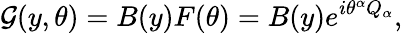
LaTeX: {\cal G}(y,\theta)=B(y)F(\theta)=B(y)e^{i\theta^{\alpha}Q_{\alpha}},